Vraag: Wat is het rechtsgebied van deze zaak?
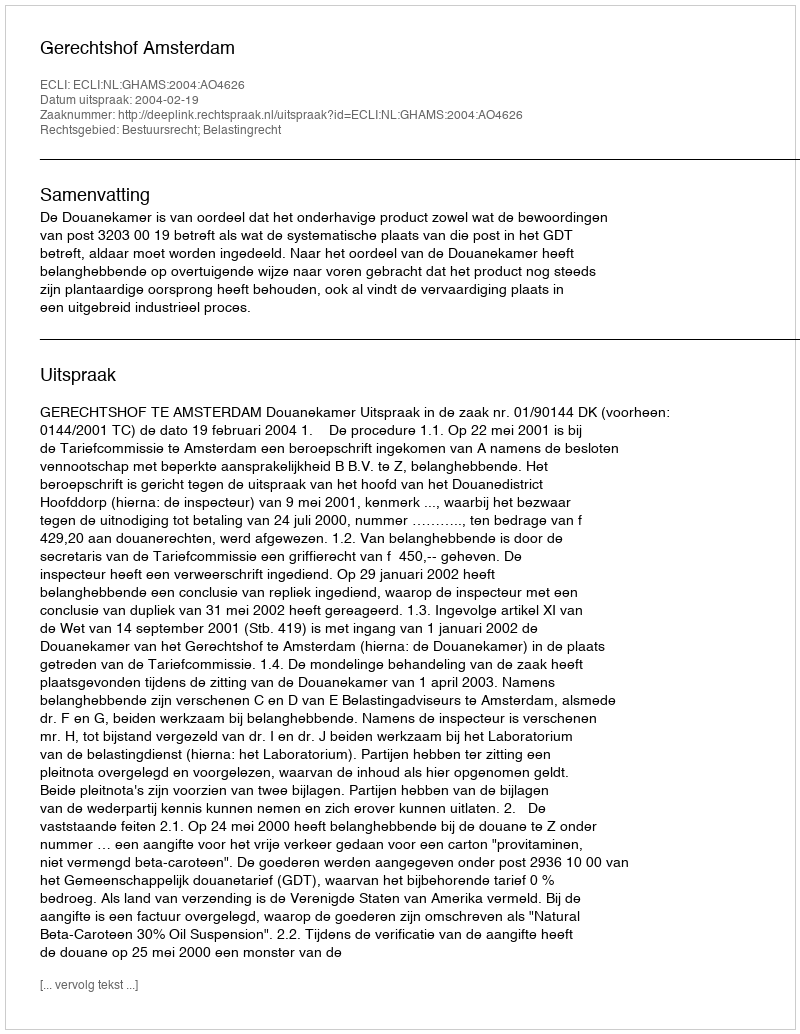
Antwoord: Bestuursrecht; Belastingrecht